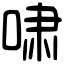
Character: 啸